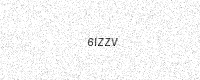
Text: 6IZZV